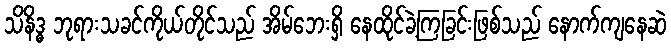
သိနိဒ္ဓ ဘုရားသခင်ကိုယ်တိုင်သည် အိမ်ဘေးရှိ နေထိုင်ခဲ့ကြခြင်းဖြစ်သည် နောက်ကျနေဆဲ